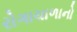
રોગાચાળાનો